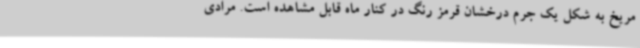
مریخ به شکل یک جرم درخشان قرمز رنگ در کنار ماه قابل مشاهده است. مرادی